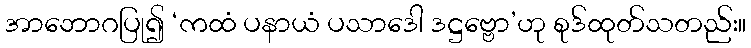
အာဘောဂပြု၍ ‘ကထံ ပနာယံ ပသာဒေါ ဒဋ္ဌဗ္ဗော’ဟု စုဒ်ထုတ်သတည်း။